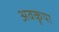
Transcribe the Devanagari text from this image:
अवकृपा